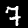
Label: 7